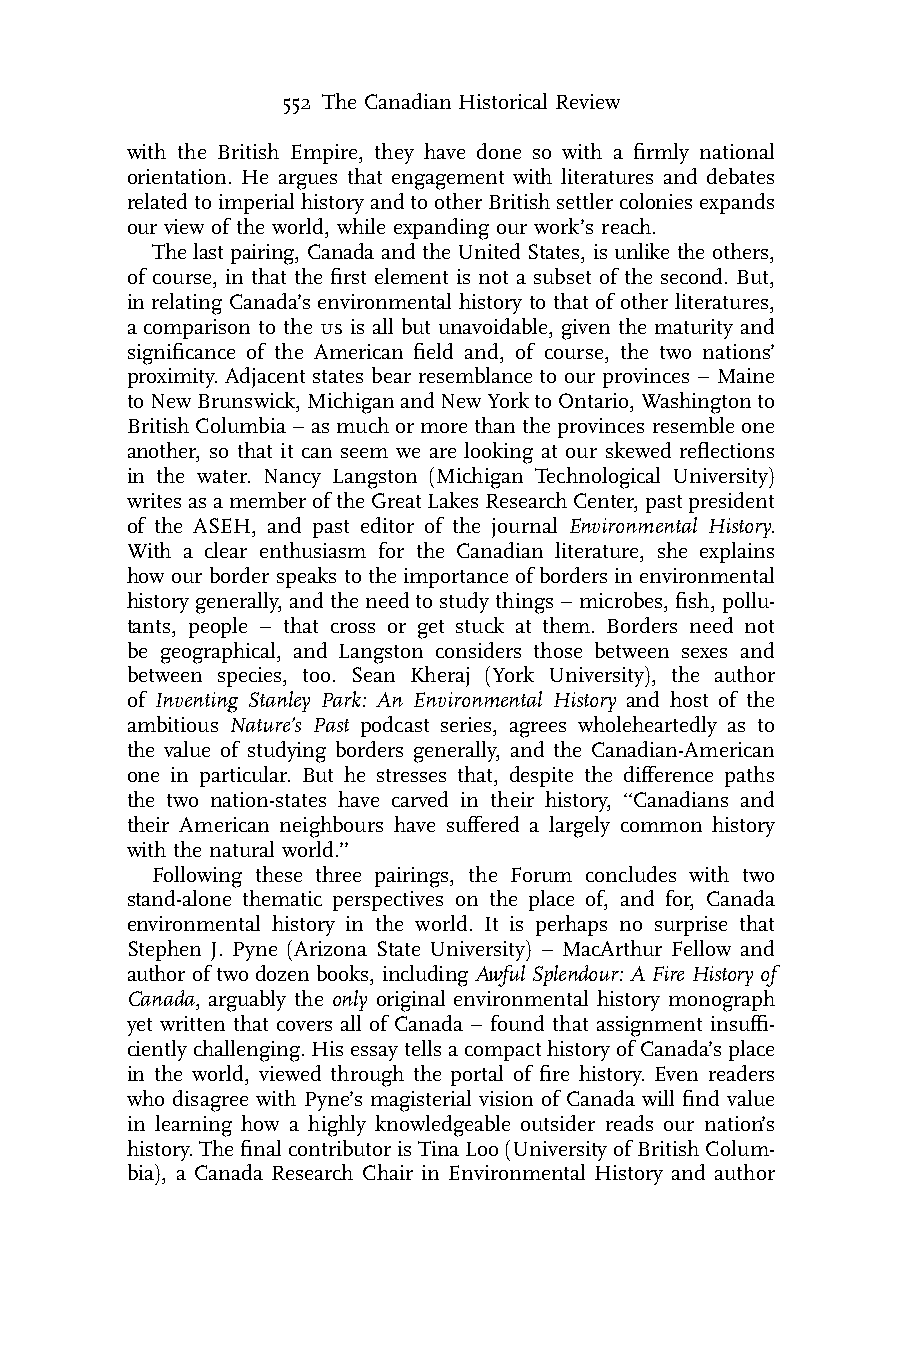
552 The Canadian Historical Review
 with the British Empire, they have done so with a firmly national
 orientation. He argues that engagement with literatures and debates
 relatedtoimperialhistoryandtootherBritishsettlercoloniesexpands
 our view of the world, while expanding our work’s reach.
 The last pairing, Canada and the United States, isunlike the others,
 of course, in that the first element is not a subset of the second. But,
 in relating Canada’s environmental history to that of other literatures,
 a comparison to the us is all but unavoidable, given the maturity and
 significance of the American field and, of course, the two nations’
 proximity. Adjacent states bear resemblance to our provinces – Maine
 toNewBrunswick,MichiganandNewYorktoOntario,Washingtonto
 BritishColumbia – asmuchormorethantheprovincesresembleone
 another, so that it can seem we are looking at our skewed reflections
 in the water. Nancy Langston (Michigan Technological University)
 writesasamemberoftheGreatLakesResearchCenter,pastpresident
 of the ASEH, and past editor of the journal Environmental History.
 With a clear enthusiasm for the Canadian literature, she explains
 how our border speaks to the importance of borders in environmental
 historygenerally,andthe needtostudythings – microbes,fish,pollu-
 tants, people – that cross or get stuck at them. Borders need not
 be geographical, and Langston considers those between sexes and
 between species, too. Sean Kheraj (York University), the author
 of Inventing Stanley Park: An Environmental History and host of the
 ambitious Nature’s Past podcast series, agrees wholeheartedly as to
 the value of studying borders generally, and the Canadian-American
 one in particular. But he stresses that, despite the difference paths
 the two nation-states have carved in their history, ‘‘Canadians and
 their American neighbours have suffered a largely common history
 with the natural world.’’
 Following these three pairings, the Forum concludes with two
 stand-alone thematic perspectives on the place of, and for, Canada
 environmental history in the world. It is perhaps no surprise that
 Stephen J. Pyne (Arizona State University) – MacArthur Fellow and
 author of two dozen books, including Awful Splendour: A Fire Historyof
 Canada, arguably the only original environmental history monograph
 yet written that covers all of Canada – found that assignment insuffi-
 cientlychallenging.HisessaytellsacompacthistoryofCanada’splace
 in the world, viewed through the portal of fire history. Even readers
 who disagree with Pyne’s magisterial vision of Canada will find value
 in learning how a highly knowledgeable outsider reads our nation’s
 history.ThefinalcontributorisTinaLoo(UniversityofBritishColum-
 bia), a Canada Research Chair in Environmental History and author